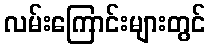
လမ်းကြောင်းများတွင်